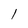
Character: l